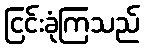
ငြင်းခုံကြသည်